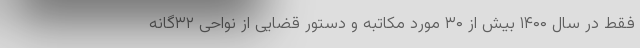
فقط در سال ۱۴۰۰ بیش از ۳۰ مورد مکاتبه و دستور قضایی از نواحی ۳۲گانه